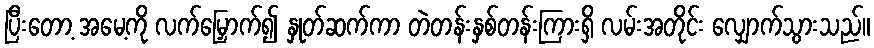
ပြီးတော့ အမေ့ကို လက်မြှောက်၍ နှုတ်ဆက်ကာ တဲတန်းနှစ်တန်းကြားရှိ လမ်းအတိုင်း လျှောက်သွားသည်။